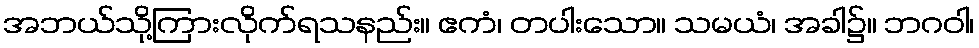
အဘယ်သို့ကြားလိုက်ရသနည်း။ ဧကံ၊ တပါးသော။ သမယံ၊ အခါ၌။ ဘဂဝါ၊